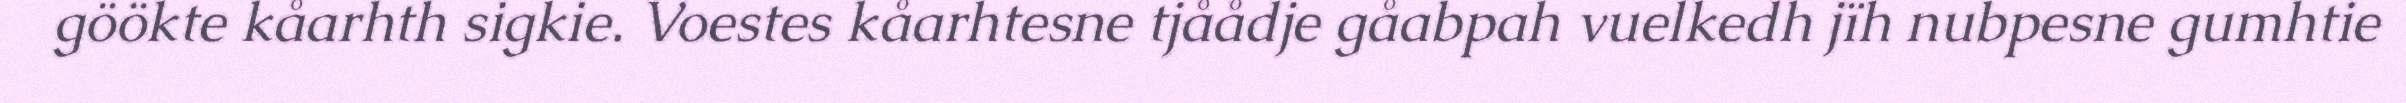
göökte kåarhth sigkie. Voestes kåarhtesne tjåådje gåabpah vuelkedh jïh nubpesne gumhtie